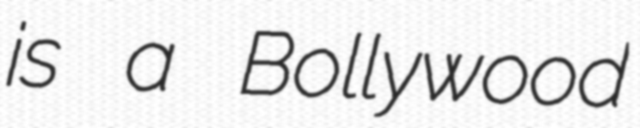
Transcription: is a Bollywood